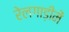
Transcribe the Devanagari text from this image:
रेलगाड़ीमें